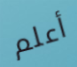
أعلم